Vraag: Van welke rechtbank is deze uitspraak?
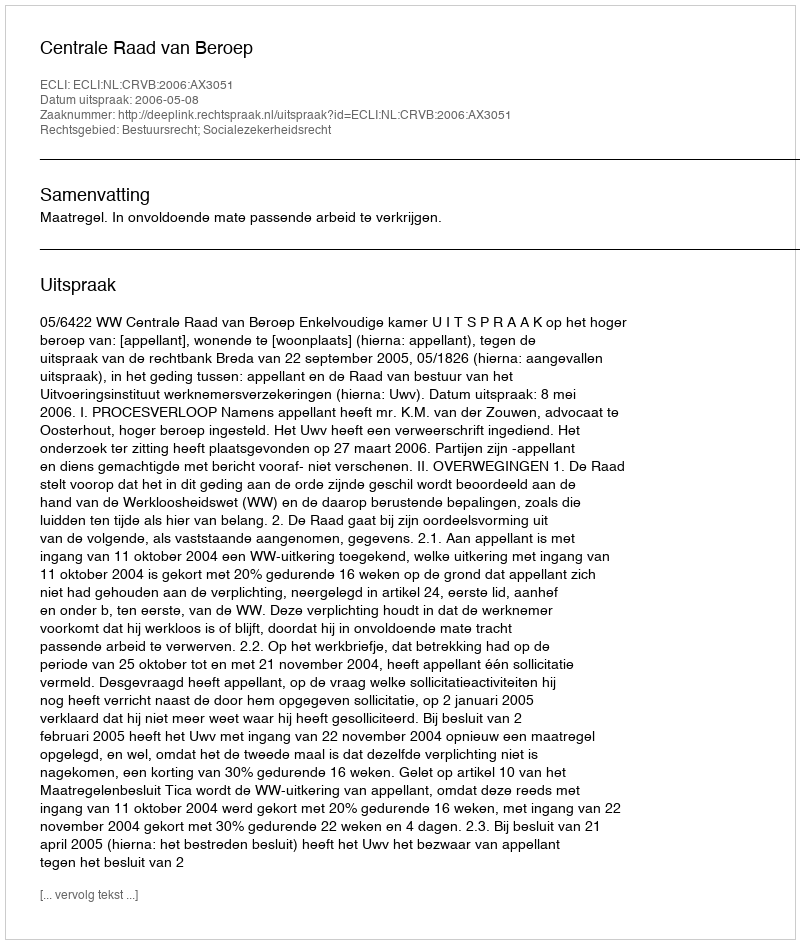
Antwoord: Centrale Raad van Beroep